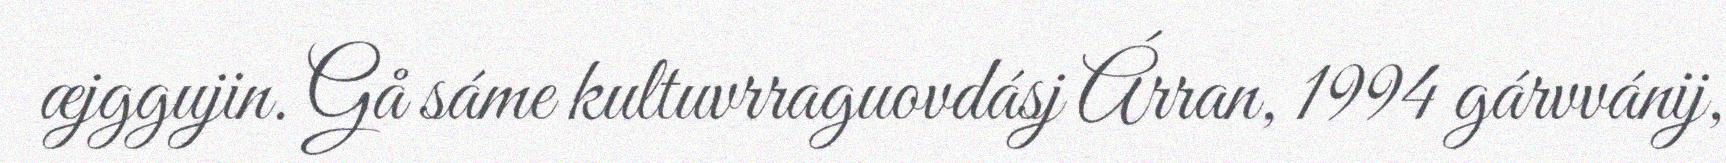
æjggujin. Gå sáme kultuvrraguovdásj Árran, 1994 gárvvánij,